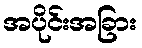
အပိုင်းအခြား